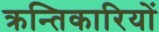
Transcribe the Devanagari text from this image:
क्रन्तिकारियों